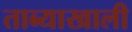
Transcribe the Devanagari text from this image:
ताब्याखाली